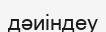
дәиіндеу